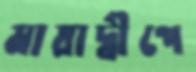
মায়াদ্বীপে